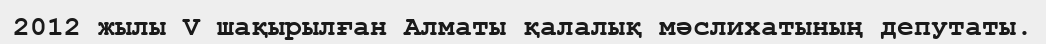
2012 жылы V шақырылған Алматы қалалық мәслихатының депутаты.